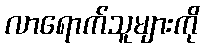
လာရောက်သူများကို